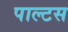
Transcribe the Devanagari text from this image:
पाल्टस